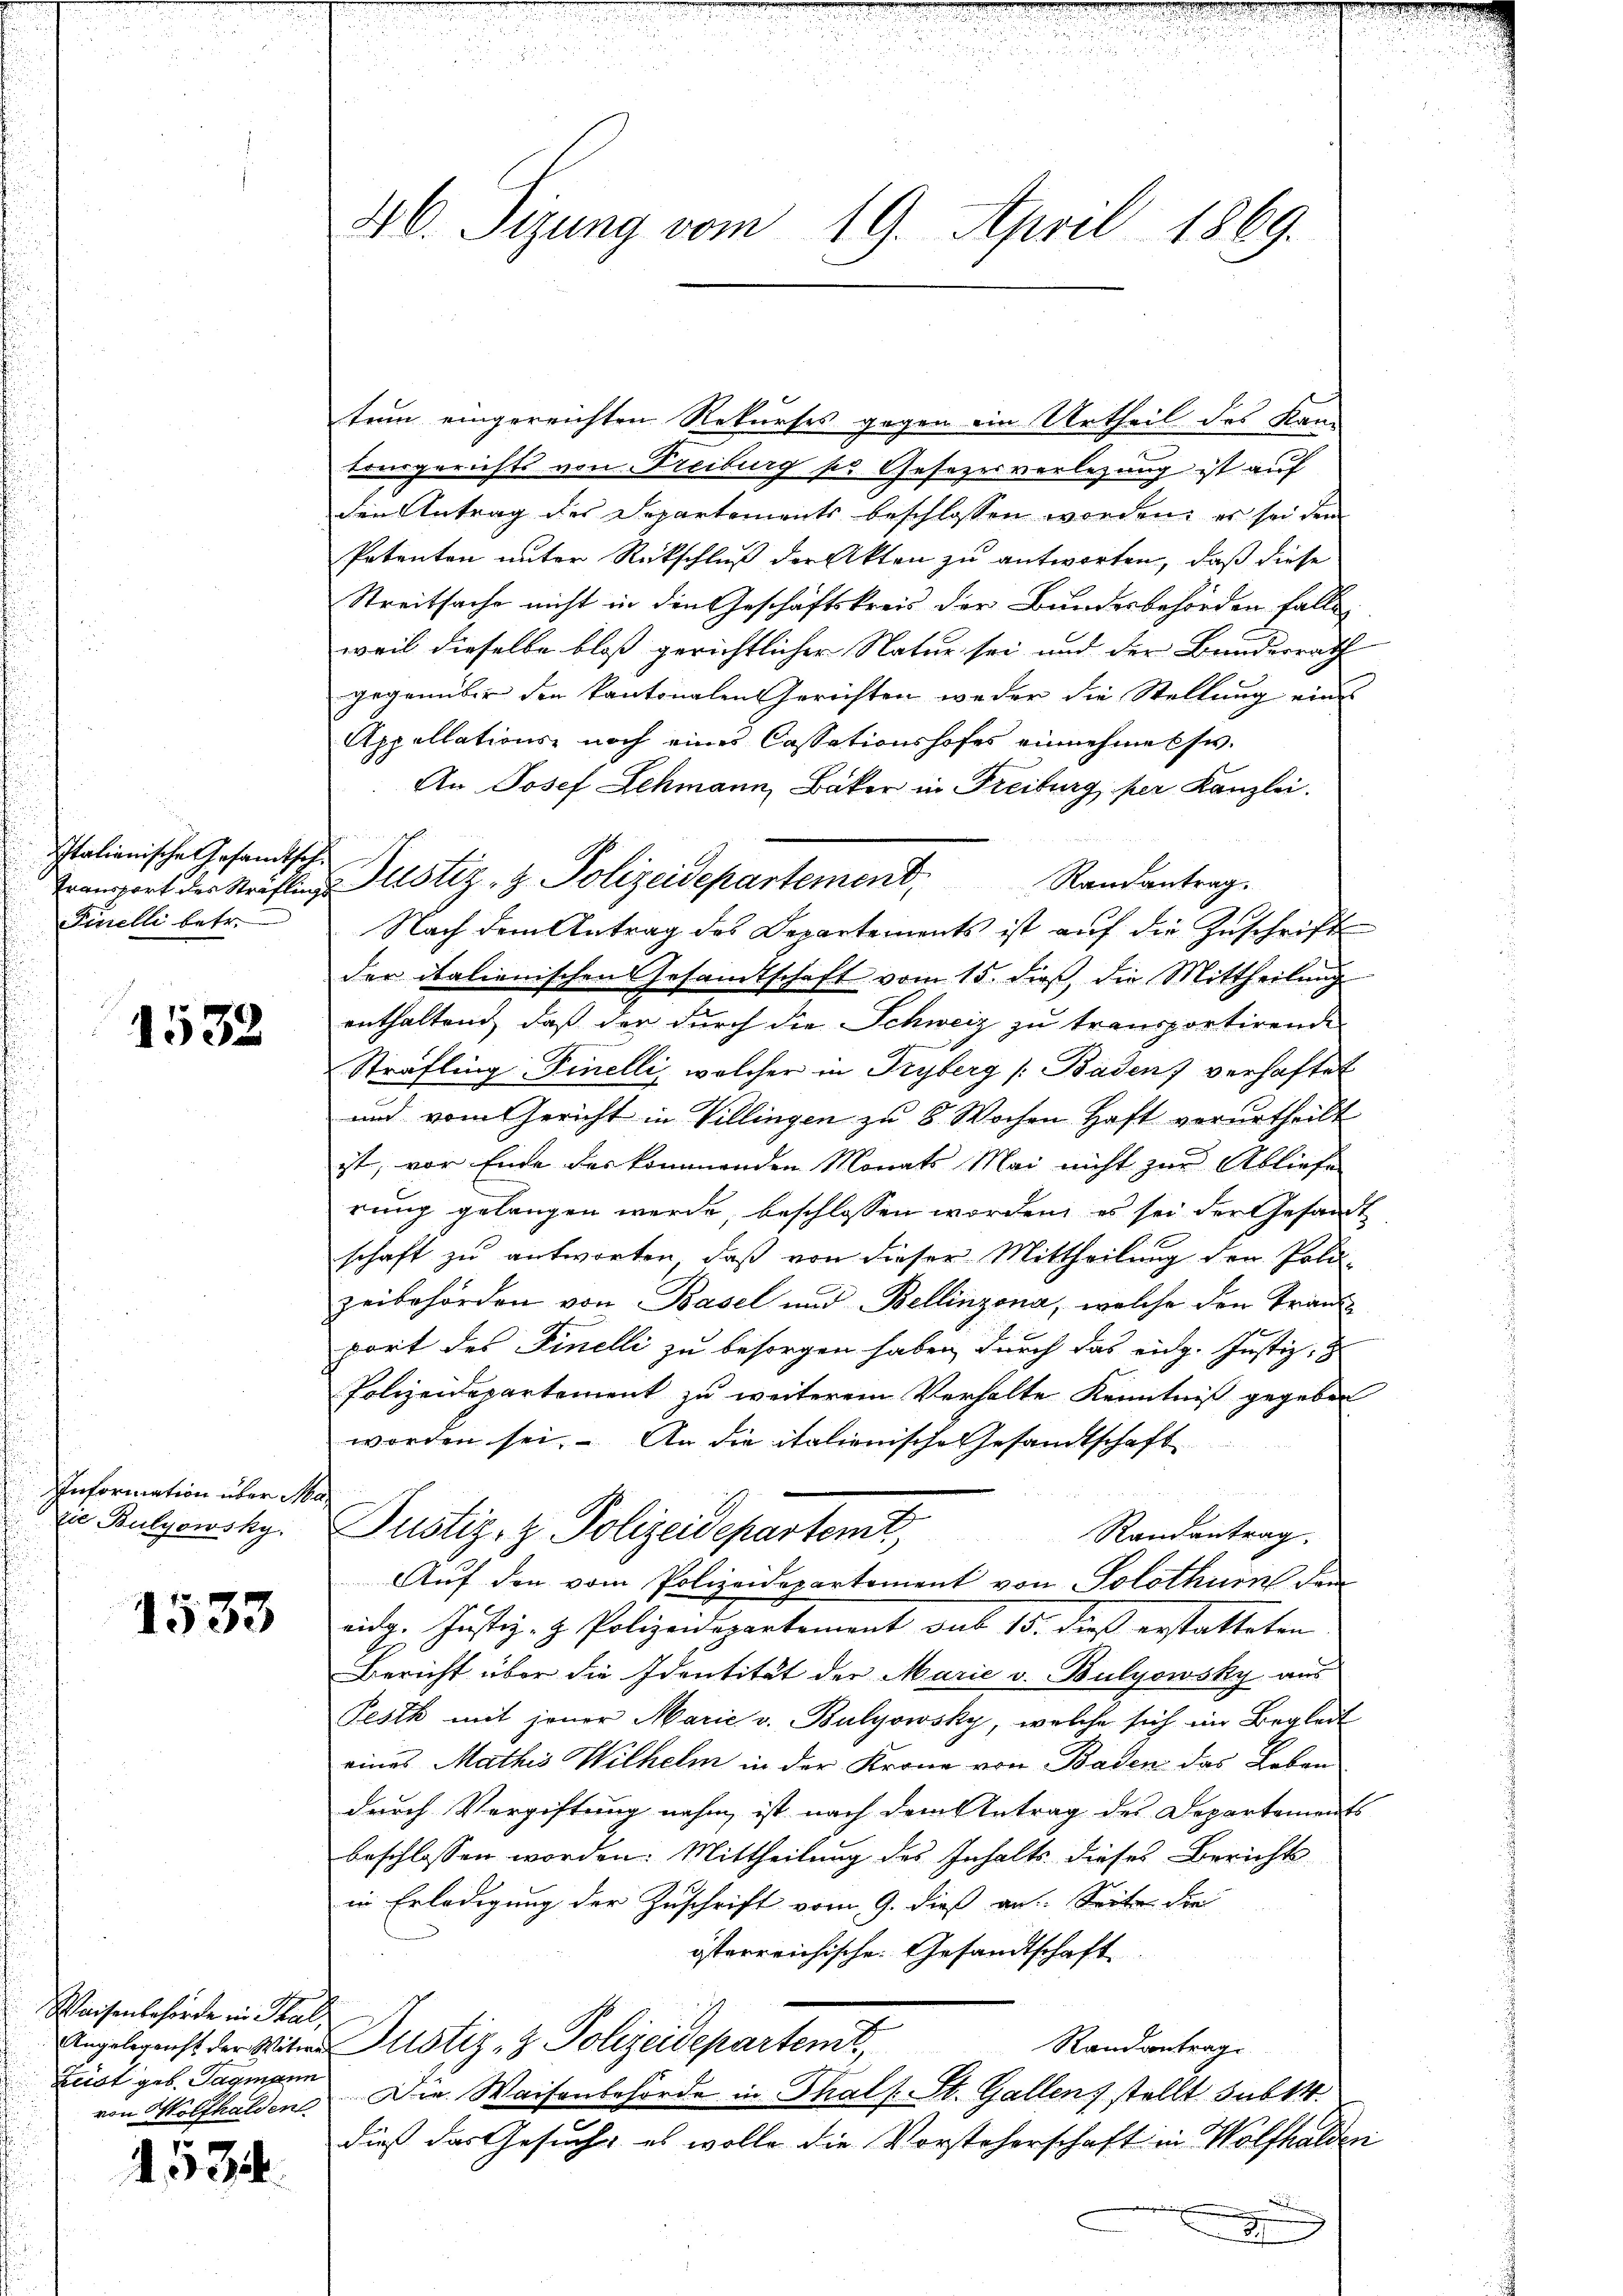
Italianische Gesamtsch
Finelli betr.

1532

Information über Maze Bulyowsky.

1533

Waisenbehörde in Thal,
Leist geb. Tagmann
von Wolfhalden.

5
4034.

46. Sizung vom 19. April 1869.

tum eingereichten Rekurses gegen ein Urtheil des Kantonsgerichts von Freiburg so Gesezesverlegung ist auf
den Antrag des Departements beschlossen worden, es sei den
Petenten unter Rückschluß der Akten zu antworten, daß diese
Streitsache nicht in den Geschäftskreis der Bundesbehörden fallen
weil dieselbe bloß gerichtlicher Natur sei und der Bundesrath
gegenüber den kantonalen Gerichten weder die Stellung ein
Appellations noch eines Cassationshofes einnehme usw.
An Josef Lehmann Bäker in Freiburg, per Kanzlei.
Randantrag.
Transport der Sträfling Justiz- & Polizeidepartement,
Nach dem Antrag des Departements ist auf die Zuschrift
der italienischen Gesandtschaft vom 15. dieß, die Mittheilung
enthaltend, daß der durch die Schweiz zu transportirende
Sträfling. Finelli, welcher in Fryberg (Baden) verhaftet
und vom Gericht in Villingen zu 8 Wochen Haft verurtheilt
ist, vor Ende des kommenden Monats Mai nicht zur Abliefe
rung gelangen werde, beschlossen worden, es sei der Gesandt
schaft zu antworten, daß von dieser Mittheilung den Poli-
zeibehörden von Basel und Bellinzona, welche den Franz

port des Finelli zu besorgen haben, durch das eidg. Justiz, z
Polizeidepartement zu weiterem Verhalte Kenntniß gegeben
worden sei. An die italienische Gesandtschaft
Justiz- & Polizeidepartent
Randantrag.
Auf den vom Polizeidepartement von Solothurn dem
eidg. Justiz- & Polizeidepartement aus 15. dieß erstatteten
Bericht über die Identität der Marie v. Bulyowsky aus
Pesth mit jener Marie v. Bulyowsky, welche sich im Begleit
eines Mathis Wilhelm in der Krona von Baden das Leben
durch Vergiftung nahm ist nach dem Antrag des Departements
beschlossen worden. Mittheilung des Inhalts dieses Berichtsin Erledigung der Zuschrift vom 9. dieß an Seite die
österreichische Gesandtschaft
Angelegenst der Sitter Justiz- & Polizeidepartemt,
Randcontrag
Die Waisenbehörde in Thals. St. Gallen) stellt subt.
dieß das Gesuch, es wolle die Vorsteherschaft in Wolfhalden